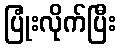
ပြုံးလိုက်ပြီး